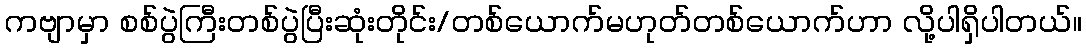
ကဗျာမှာ စစ်ပွဲကြီးတစ်ပွဲပြီးဆုံးတိုင်း/တစ်ယောက်မဟုတ်တစ်ယောက်ဟာ လို့ပါရှိပါတယ်။